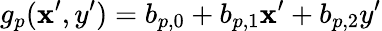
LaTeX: g_{p}(\mathbf{x}^{\prime},y^{\prime})=b_{p,0}+b_{p,1}\mathbf{x}^{\prime}+b_{p,2}y^{\prime}